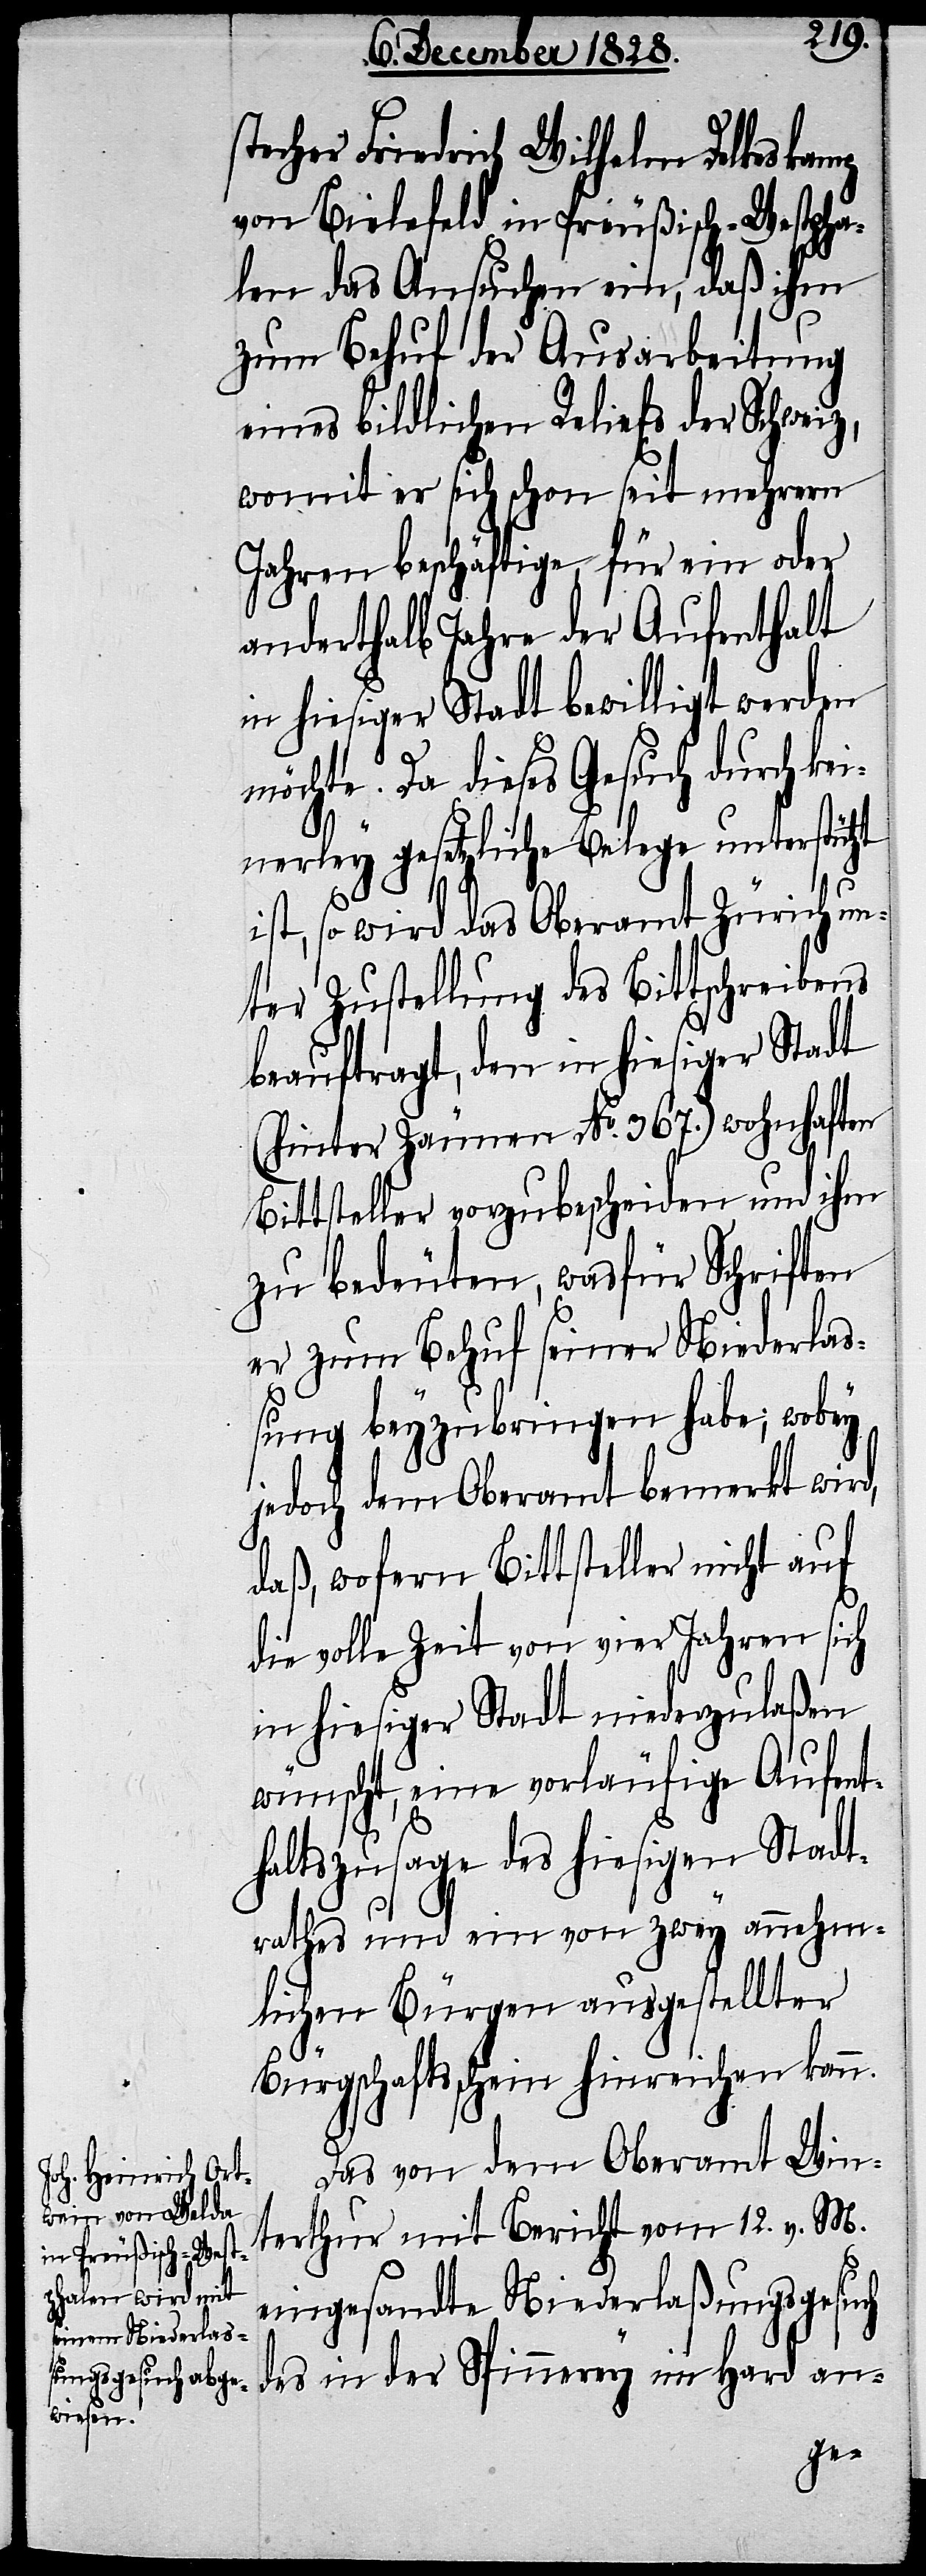
stecher Friedrich Wilhelm Delkeskamp
von Bielefeld in Preußisch-Westpha¬
len das Ansuchen ein, daß ihm
zum Behuf der Ausarbeitung
eines bildlichen Reliefs der Schweiz,
womit er sich schon seit mehrern
Jahren beschäftige, für ein oder
anderthalb Jahre der Aufenthalt
in hiesiger Stadt bewilligt werden
möchte. Da dieses Gesuch durch kei¬
nerley gesetzliche Belege unterstützt
ist, so wird das Oberamt Zürich un¬
ter Zustellung des Bittschreibens
beauftragt, den in hiesiger Stadt
(hinter Zäunen No. 367.) wohnhaften
Bittsteller vorzubescheiden und ihm
zu bedeuten, wasfür Schriften
er zum Behuf seiner Niederlaß¬
ung beyzubringen habe; wobey
jedoch dem Oberamt bemerkt wird,
daß, wofern Bittsteller nicht auf
die volle Zeit von vier Jahren sich
in hiesiger Stadt niederzulaßen
wünscht, eine vorläufige Aufent¬
haltszusage des hiesigen Stadt¬
rathes und ein von zwey annehm¬
lichen Bürgen ausgestellter
Bürgschaftsschein hinreichen kann.
Das von dem Oberamt Win¬
terthur mit Bericht vom 12. v. M.
eingesandte Niederlaßungsgesuch
des in der Spinnerey im Hard an-